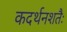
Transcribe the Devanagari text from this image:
कदर्थनशतैः